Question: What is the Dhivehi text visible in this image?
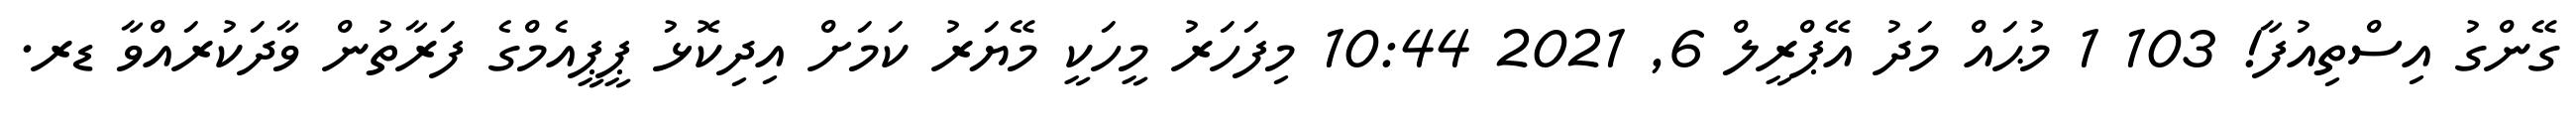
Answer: ގޭންގު އިސްތިއުފާ! 103 1 މުޙައް މަދު އޭޕްރީލް 6, 2021 10:44 މިފަހަރު މީހަކީ މޭޔަރު ކަމަށް އިދިކޮޅު ޕީޕީއެމްގެ ފަރާތުން ވާދަކުރައްވާ ޑރ.